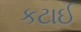
કટાઈ